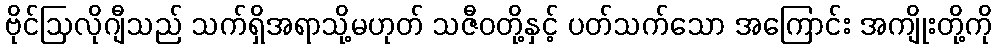
ဗိုင်ဩလိုဂျီသည် သက်ရှိအရာသို့မဟုတ် သဇီဝတို့နှင့် ပတ်သက်သော အကြောင်း အကျိုးတို့ကို